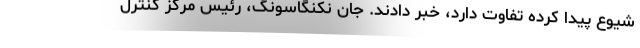
شیوع پیدا کرده تفاوت دارد، خبر دادند. جان نکنگاسونگ، رئیس مرکز کنترل